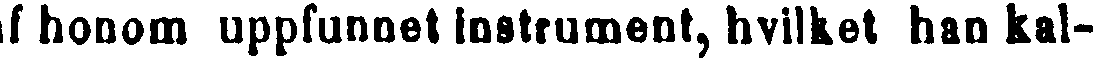
af honom uppfunnet instrument, hvilket han kal-